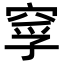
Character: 𥦘